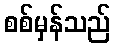
စစ်မှန်သည်